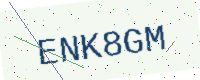
Text: ENK8GM